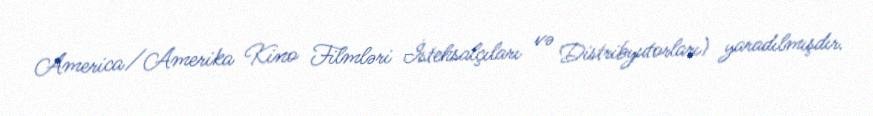
America/Amerika Kino Filmləri İstehsalçıları və Distribyutorları) yaradılmışdır.